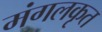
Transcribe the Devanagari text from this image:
मंगलकृत